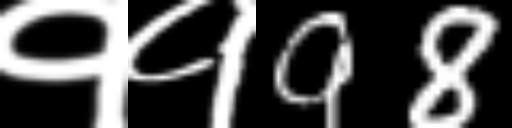
Text: ११98